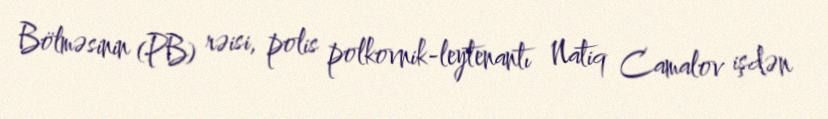
Bölməsinin (PB) rəisi, polis polkovnik-leytenantı Natiq Camalov işdən